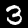
Label: 3